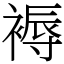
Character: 褥